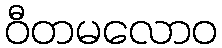
ဝီတမလောဝ